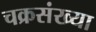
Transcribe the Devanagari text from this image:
चक्रसंख्या